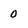
Character: 0